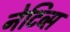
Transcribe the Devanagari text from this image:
नेटिव्स